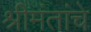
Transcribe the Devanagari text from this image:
श्रीमंतांचे